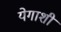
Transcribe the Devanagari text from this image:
येगाशी